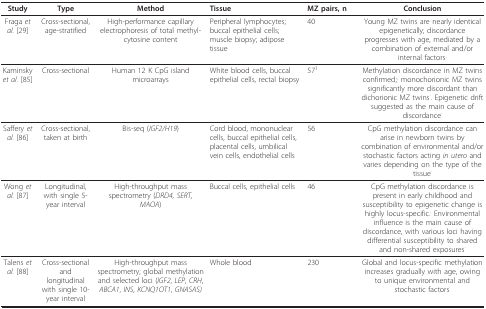
| Study | Type | Method | Tissue | MZ pairs, n | Conclusion |
 | --- | --- | --- | --- | --- | --- |
 | Fraga et al. [29] | Cross-sectional, age-stratified | High-performance capillary electrophoresis of total methyl-cytosine content | Peripheral lymphocytes; buccal epithelial cells; muscle biopsy; adipose tissue | 40 | Young MZ twins are nearly identical epigenetically; discordance progresses with age, mediated by a combination of external and/or internal factors· |
 | Kaminsky et al. [85] | Cross-sectional | Human 12 K CpG island microarrays | White blood cells, buccal epithelial cells, rectal biopsy | 571 | Methylation discordance in MZ twins confirmed;· monochorionic MZ twins significantly more discordant than dichorionic MZ twins.. Epigenetic drift suggested as the main cause of discordance. |
 | Saffery et al. [86] | Cross-sectional, taken at birth | Bis-seq (IGF2/H19) | Cord blood, mononuclear cells, buccal epithelial cells, placental cells, umbilical vein cells, endothelial cells | 56 | CpG methylation discordance can arise in newborn twins by combination of environmental and/or stochastic factors acting in utero and varies depending on the type of the tissue. |
 | Wong et al. [87] | Longitudinal, with single 5-year interval | High-throughput mass spectrometry (DRD4, SERT, MAOA) | Buccal cells, epithelial cells | 46 | CpG methylation discordance is present in early childhood and susceptibility to epigenetic change is highly locus-specific.. Environmental influence is the main cause of discordance, with various loci having differential susceptibility to shared and non-shared exposures. |
 | Talens et al. [88] | Cross-sectional and longitudinal with single 10-year interval | High-throughput mass spectrometry; global methylation and selected loci (IGF2, LEP, CRH, ABCA1, INS, KCNQ1OT1, GNASAS) | Whole blood | 230 | Global and locus-specific methylation increases gradually with age, owing to unique environmental and stochastic factors. |